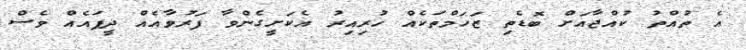
އެ ތުއްތު ކުއްޖާއަށް ބޮޑެތި ޒަހަމްތަކެއް ހުރިއިރު އެކަށީގެންވާ ފަރުވާއެއް ދީފައެއް ވެސް